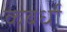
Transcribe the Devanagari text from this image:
कबर्धा